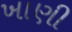
ખાણી